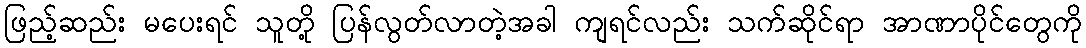
ဖြည့်ဆည်း မပေးရင် သူတို့ ပြန်လွတ်လာတဲ့အခါ ကျရင်လည်း သက်ဆိုင်ရာ အာဏာပိုင်တွေကို